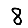
Digit: 8